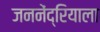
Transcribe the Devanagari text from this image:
जननेंद्रियाला